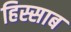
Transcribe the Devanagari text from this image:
हिस्साब